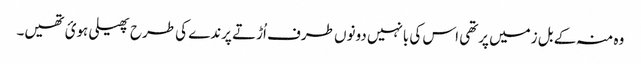
وہ منہ کے بل زمیں پرتھی اس کی بانہیں دونوں طرف اُڑتے پرندے کی طرح پھیلی ہوئ تھیں۔